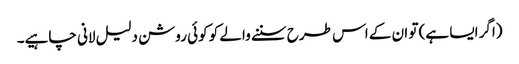
(اگر ایسا ہے) تو ان کے اس طرح سننے والے کو کوئی روشن دلیل لانی چاہیے۔